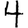
Digit: 4